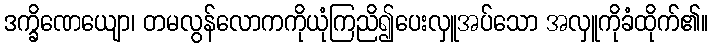
ဒက္ခိဏေယျော၊ တမလွန်လောကကိုယုံကြညိ၍ပေးလှူအပ်သော အလှူကိုခံထိုက်၏။